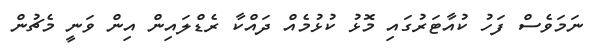
ނަމަވެސް ފަހު ކުއާޓަރުގައި މޮޅު ކުޅުމެއް ދައްކާ ރެޑްލައިން އިން ވަނީ މެޗުން